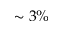
\sim 3 \%